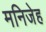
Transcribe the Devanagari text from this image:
मनिजेह